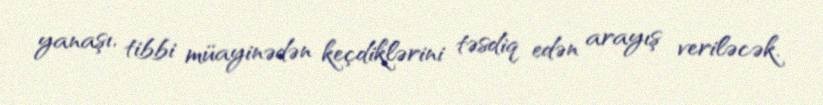
yanaşı, tibbi müayinədən keçdiklərini təsdiq edən arayış veriləcək.